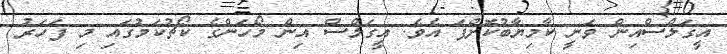
އީގަލްސްއިން ވަނީ ކާމިޔާބުކޮށްފަ އެވެ. އީގަލްސް އިން މޯހަންގެ ކޯޗުކަމުގައި މި ފަހަރު